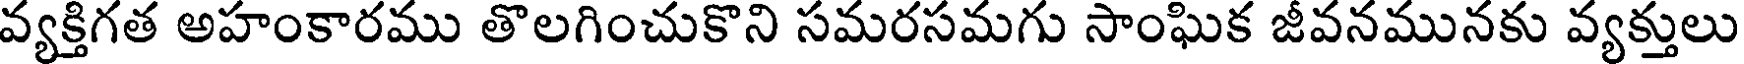
వ్యక్తిగత అహంకారము తొలగించుకొని సమరసమగు సాంఘిక జీవనమునకు వ్యక్తులు